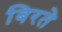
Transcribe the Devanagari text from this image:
बिरते